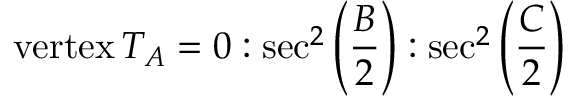
{ \mathrm { v e r t e x } } \, T _ { A } = 0 : \sec ^ { 2 } \left( { \frac { B } { 2 } } \right) : \sec ^ { 2 } \left( { \frac { C } { 2 } } \right)